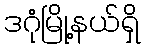
ဒဂုံမြို့နယ်ရှိ